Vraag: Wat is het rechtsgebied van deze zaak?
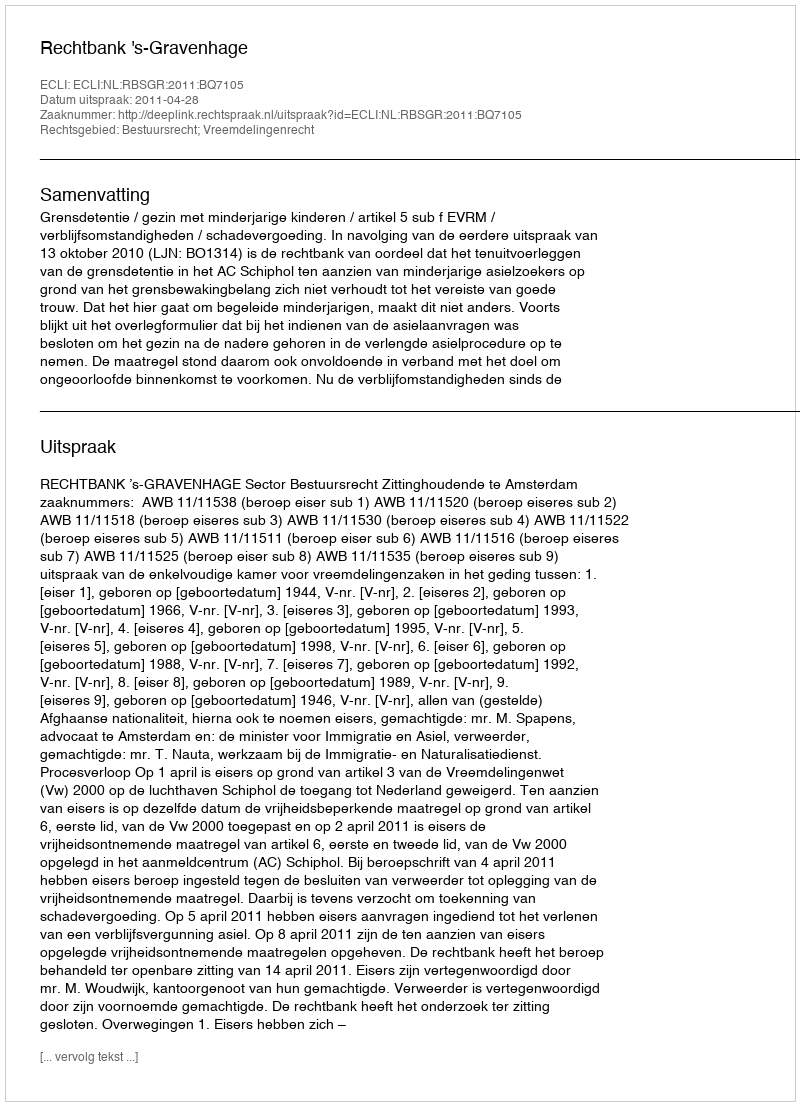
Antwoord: Bestuursrecht; Vreemdelingenrecht